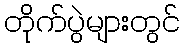
တိုက်ပွဲများတွင်